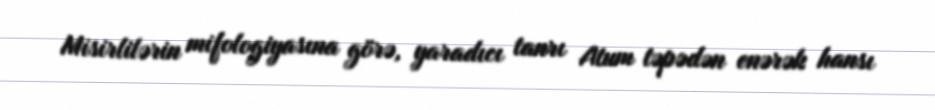
Misirlilərin mifologiyasına görə, yaradıcı tanrı Atum təpədən enərək hansı